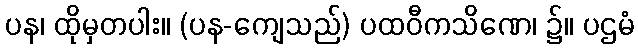
ပန၊ ထိုမှတပါး။ (ပန-ကျေသည်) ပထဝီကသိဏေ၊ ၌။ ပဌမံ